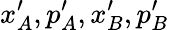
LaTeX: x_{A}^{\prime},p_{A}^{\prime},x_{B}^{\prime},p_{B}^{\prime}